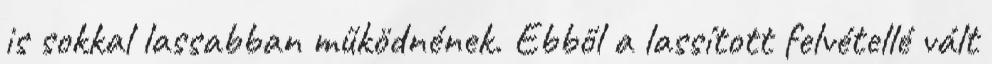
is sokkal lassabban működnének. Ebből a lassított felvétellé vált